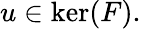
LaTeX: u\in\ker(F).